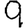
Digit: 9